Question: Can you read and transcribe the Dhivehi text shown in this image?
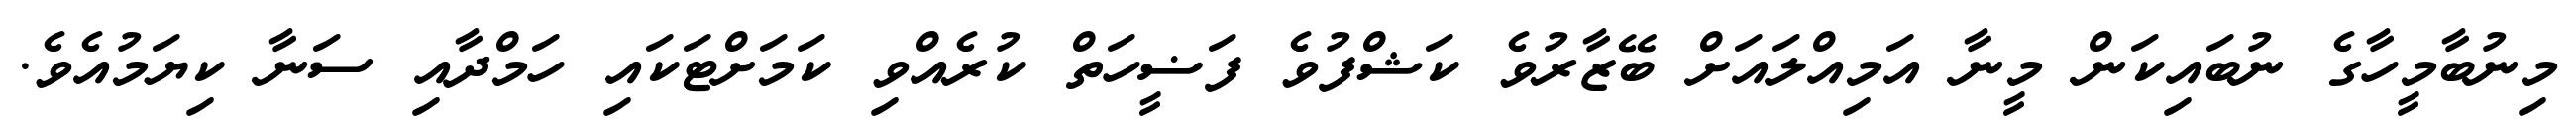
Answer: މިނުބާމީހާގެ ނުބައިކަން މީނާ އަމިއްލައަށް ބޭޒާރުވެ ކަޝްފުވެ ފަޟީހަތް ކުރެއްވި ކަމަށްޓަކައި ހަމްދާއި ސަނާ ކިޔަމުއެވެ.